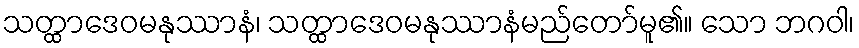
သတ္ထာဒေဝမနုဿာနံ၊ သတ္ထာဒေဝမနုဿာနံမည်တော်မူ၏။ သော ဘဂဝါ၊